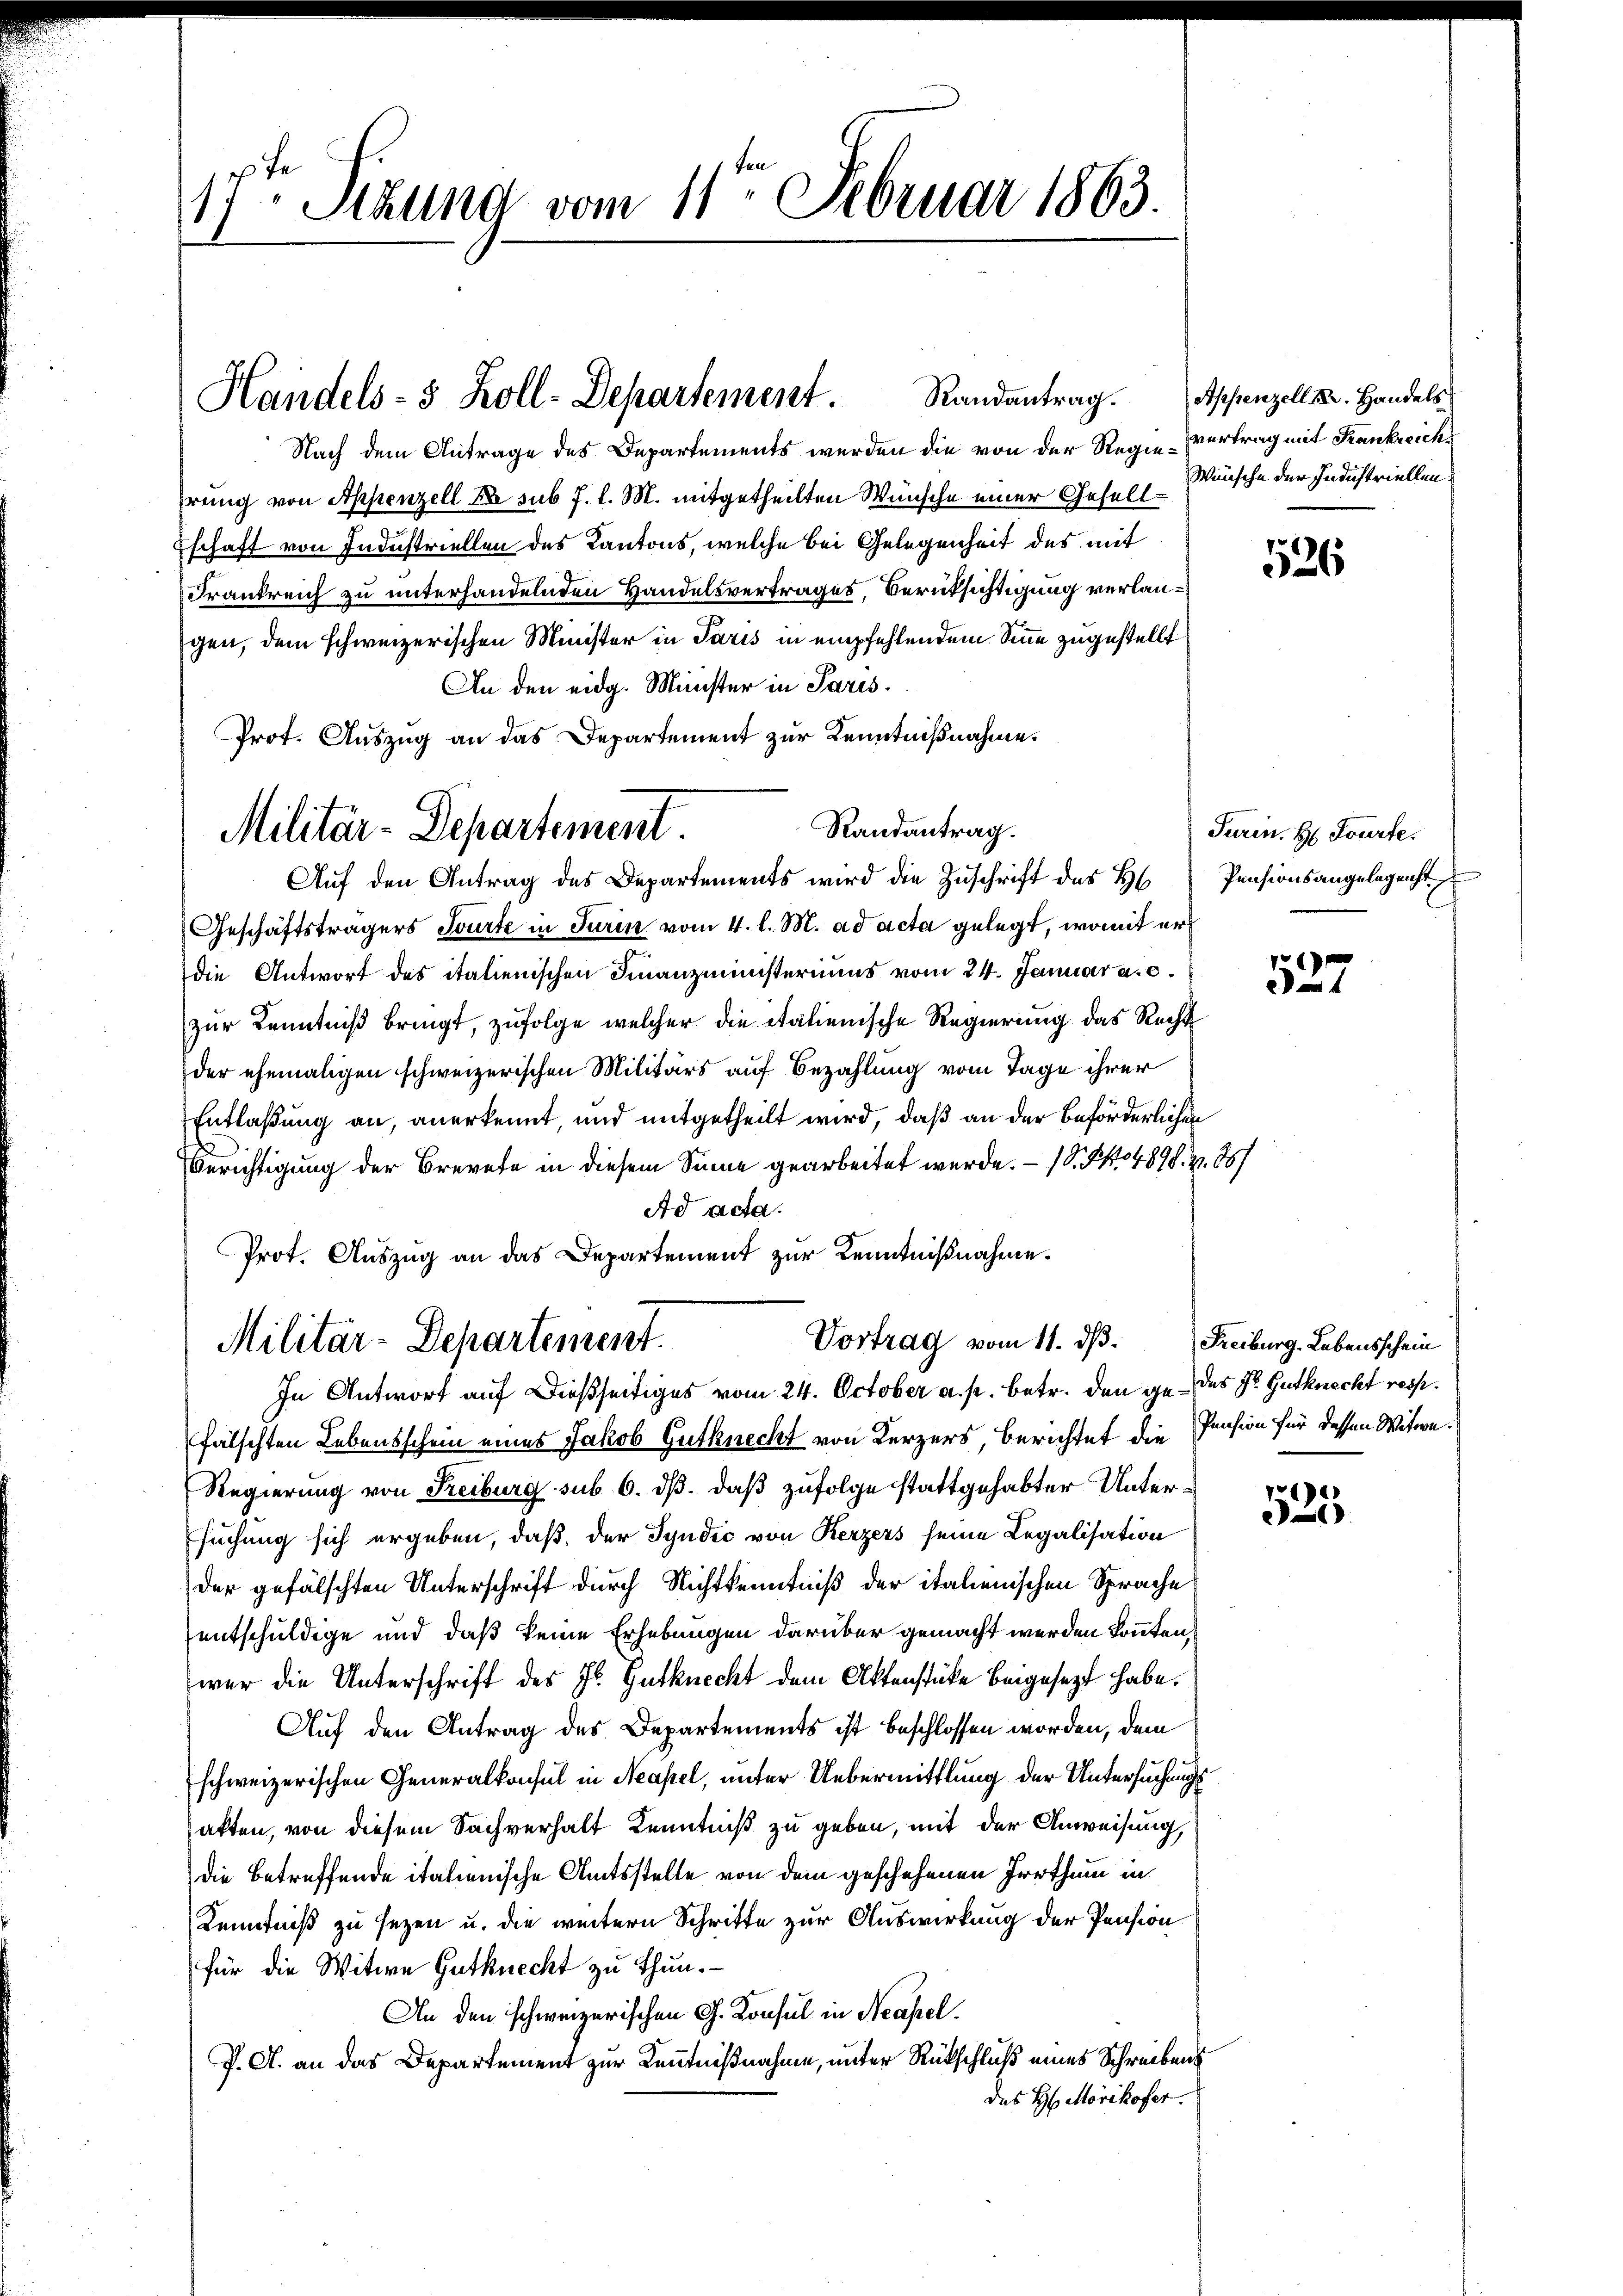
17ten Sizund vom 11ten Februar 1863.

Randantrag.
Handels- 3 Zoll-Departement.

Prot. Auszug an das Departement zur Kenntnißnahme.
Militär-Departement

Nach dem Antrage des Departements werden die von der Regie-vertrag mit Krankreichs
reng von Appenzell A. sub J. l. M. mitgetheilten Wünsche einer Gesell¬
Eschaft von Industriellen des Kantons, welche bei Gelegenheit des mit
Frankreich zu unterhandelnden Handelsvertrages, Berüksichtigung verlangen, dem schweizerischen Minister in Paris in empfehlendem Sinne zugestellt
An den eidg. Minister in Paris.
Randantrag.
Aŭf den Antrag des Departements wird die Zŭschrift des H Pensionsangelegenst
Geschäftsträgers Sourte in Turin vom 4. l. M. ad acta gelegt, womit er
die Antwort des italienischen Finanzministeriums vom 24. Januar a. c.
zur Kenntniß bringt, zufolge welcher die italienische Regierung das Recht
der ehemaligen schweizerischen Militärs auf Bezahlung vom Tage ihrer
Entlaßung an, anerkennt, und mitgetheilt wird, daß an der beförderlichen
Gerichtigung der Brevete in diesem Sinne gearbeitet werde. — 1 S. 104898. Z. 867
Ad acta.
Prot. Auszug an das Departement zur Kenntnißnahme.

Vortrag vom 11. ds.
Militär-Departement.

Appenzell Sr. Handels
Wünsche der Industriellen.

In Antwort auf dießseitiges vom 24. October a. p. betr. den ge- des Hr. Gutknecht resp.
fälschten Lebensschein eines Jakob Gutknecht von Kerzers, berichtet die Pension für dessen Witwe.
Regierung von Reiburg sub 6. dß. daß zufolge stattgehabter Untersuchung sich ergeben, daß, der Syndic von Kerzers seine Legalisation
der gefälschten Unterschrift durch Nichtkenntniß der italienischen Sprache
entschuldige und daß keine Erhebungen darüber gemacht werden könnten,
wer die Unterschrift des Hs. Gutknecht dem Aktenstücke beigesezt habe.
Auf den Antrag des Departements ist beschlossen worden, dem
schweizerischen Generalkonsul in Neapel, unter Uebermittlung der Untersuchungssakten, von diesem Sachverhalt Kenntniß zu geben, mit der Anweisung,
die betreffende italienische Amtsstelle von dem geschehenen Irrthum in
Kenntniß zu sezen u. die weitern Schritte zur Auswirkung der Pension
für die Witwe Gutknecht zu thun.
An den schweizerischen G. Konsul in Neapel.
P. A. an das Departement zur Kenntnißnahme, unter Rückschluß eines Schreibens
das H. Morikofer.

526

Turin. H Fourte

527

Freiburg. Lebensschein

119
1